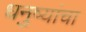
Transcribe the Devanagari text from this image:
धनुष्यांचा